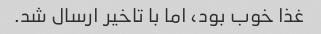
غذا خوب بود، اما با تاخیر ارسال شد.